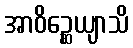
အာဝိဉ္ဆေယျာသိ